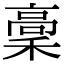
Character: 稾